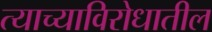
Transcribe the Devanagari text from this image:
त्याच्याविरोधातील